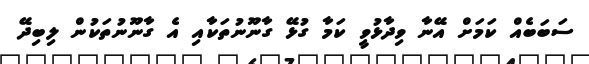
ސަބަބެއް ކަމަށް އޭނާ ވިދާޅުވީ ކަމާ ގުޅޭ ގާނޫނުތަކާއި އެ ގާނޫނުތަކުން ލިބިދޭ